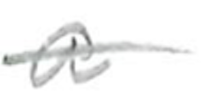
Text: a
Cross-out: single-line
Writing tool: pencil